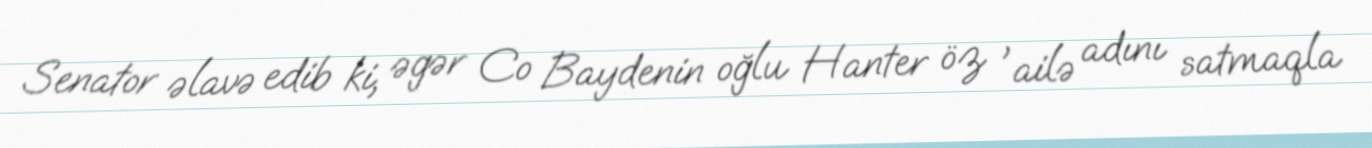
Senator əlavə edib ki, əgər Co Baydenin oğlu Hanter öz 'ailə adını satmaqla